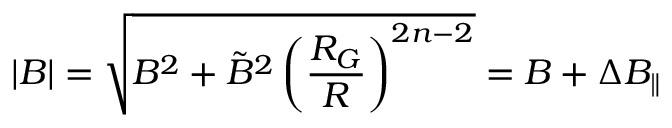
| B | = \sqrt { B ^ { 2 } + \tilde { B } ^ { 2 } \left( \frac { R _ { G } } { R } \right) ^ { 2 n - 2 } } = B + \Delta B _ { \parallel }